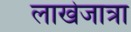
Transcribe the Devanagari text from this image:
लाखेजात्रा